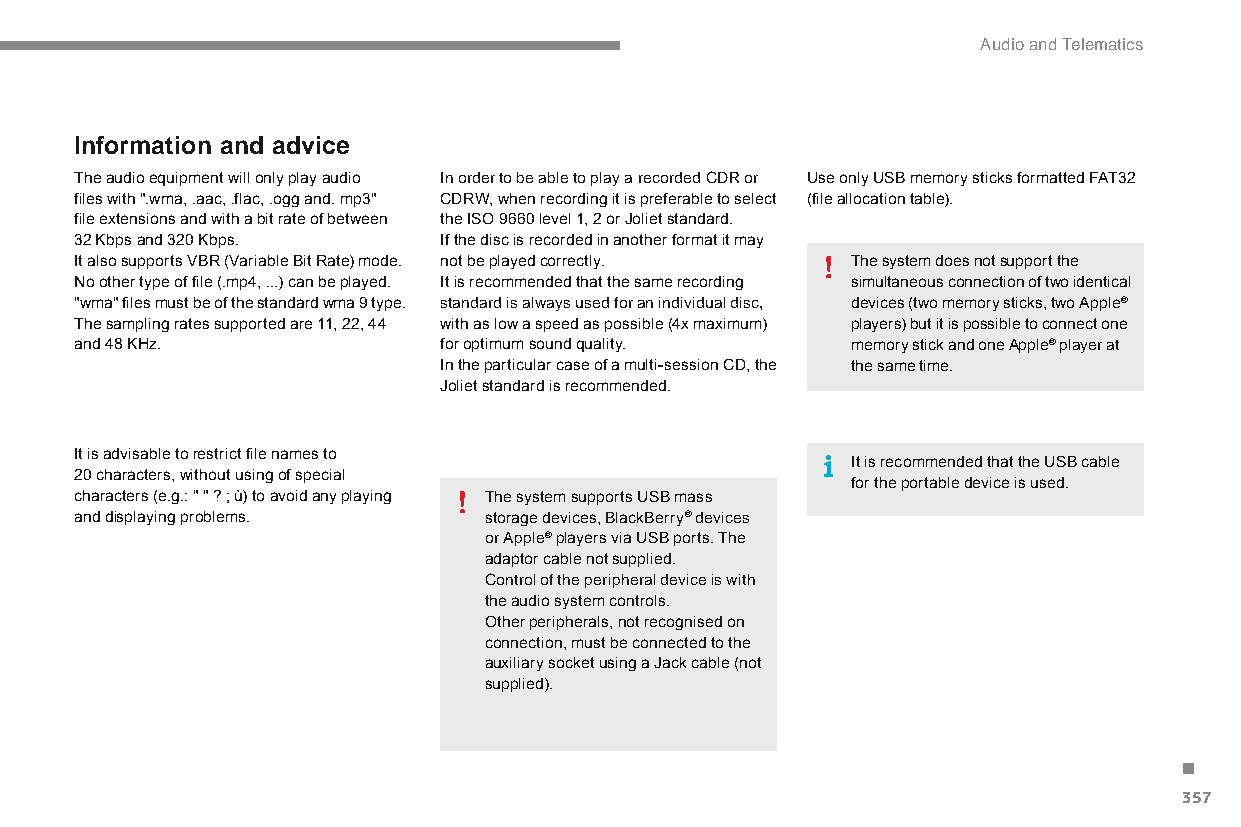
Audio and Telematics
 Information and advice
 The audio equipment will only play audio In order to be able to play a recorded CdR or Use only USB memory sticks formatted FAT32
 files with ".wma, .aac, .flac, .ogg and. mp3" CDRW, when recording it is preferable to select (file allocation table).
 file extensions and with a bit rate of between the ISO 9660 level 1, 2 or Joliet standard.
 32 Kbps and 320 Kbps.   If the disc is recorded in another format it may
 It also supports VBR (Variable Bit Rate) mode. not be played correctly. The system does not support the
 No other type of file (.mp4, ...) can be played. It is recommended that the same recording simultaneous connection of two identical
 "wma" files must be of the standard wma 9 type. standard is always used for an individual disc, devices (two memory sticks, two Apple®
 The sampling rates supported are 11, 22, 44 with as low a speed as possible (4x maximum) players) but it is possible to connect one
 and 48 KHz.             for optimum sound quality. memory stick and one Apple® player at
 In the particular case of a multi-session CD, the the same time.
 Joliet standard is recommended.
 It is advisable to restrict file names to
 It is recommended that the USB cable
 20 characters, without using of special
 for the portable device is used.
 characters (e.g.: " " ? ; ù) to avoid any playing The system supports USB mass
 and displaying problems.   storage devices, BlackBerry® devices
 or apple® players via USB ports. The
 adaptor cable not supplied.
 Control of the peripheral device is with
 the audio system controls.
 Other peripherals, not recognised on
 connection, must be connected to the
 auxiliary socket using a Jack cable (not
 supplied).
 .
 357
 C4-Picasso-II_en_Chap10b_SMEGplus_ed01-2015